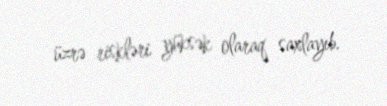
üzrə riskləri yüksək olaraq saxlayıb.